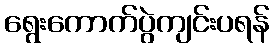
ရွေးကောက်ပွဲကျင်းပရန်